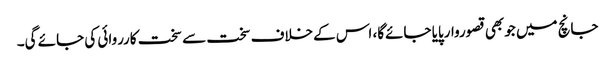
جانچ میں جوبھی قصوروارپایا جائےگا، اس کےخلاف سخت سے سخت کارروائی کی جائے گی۔